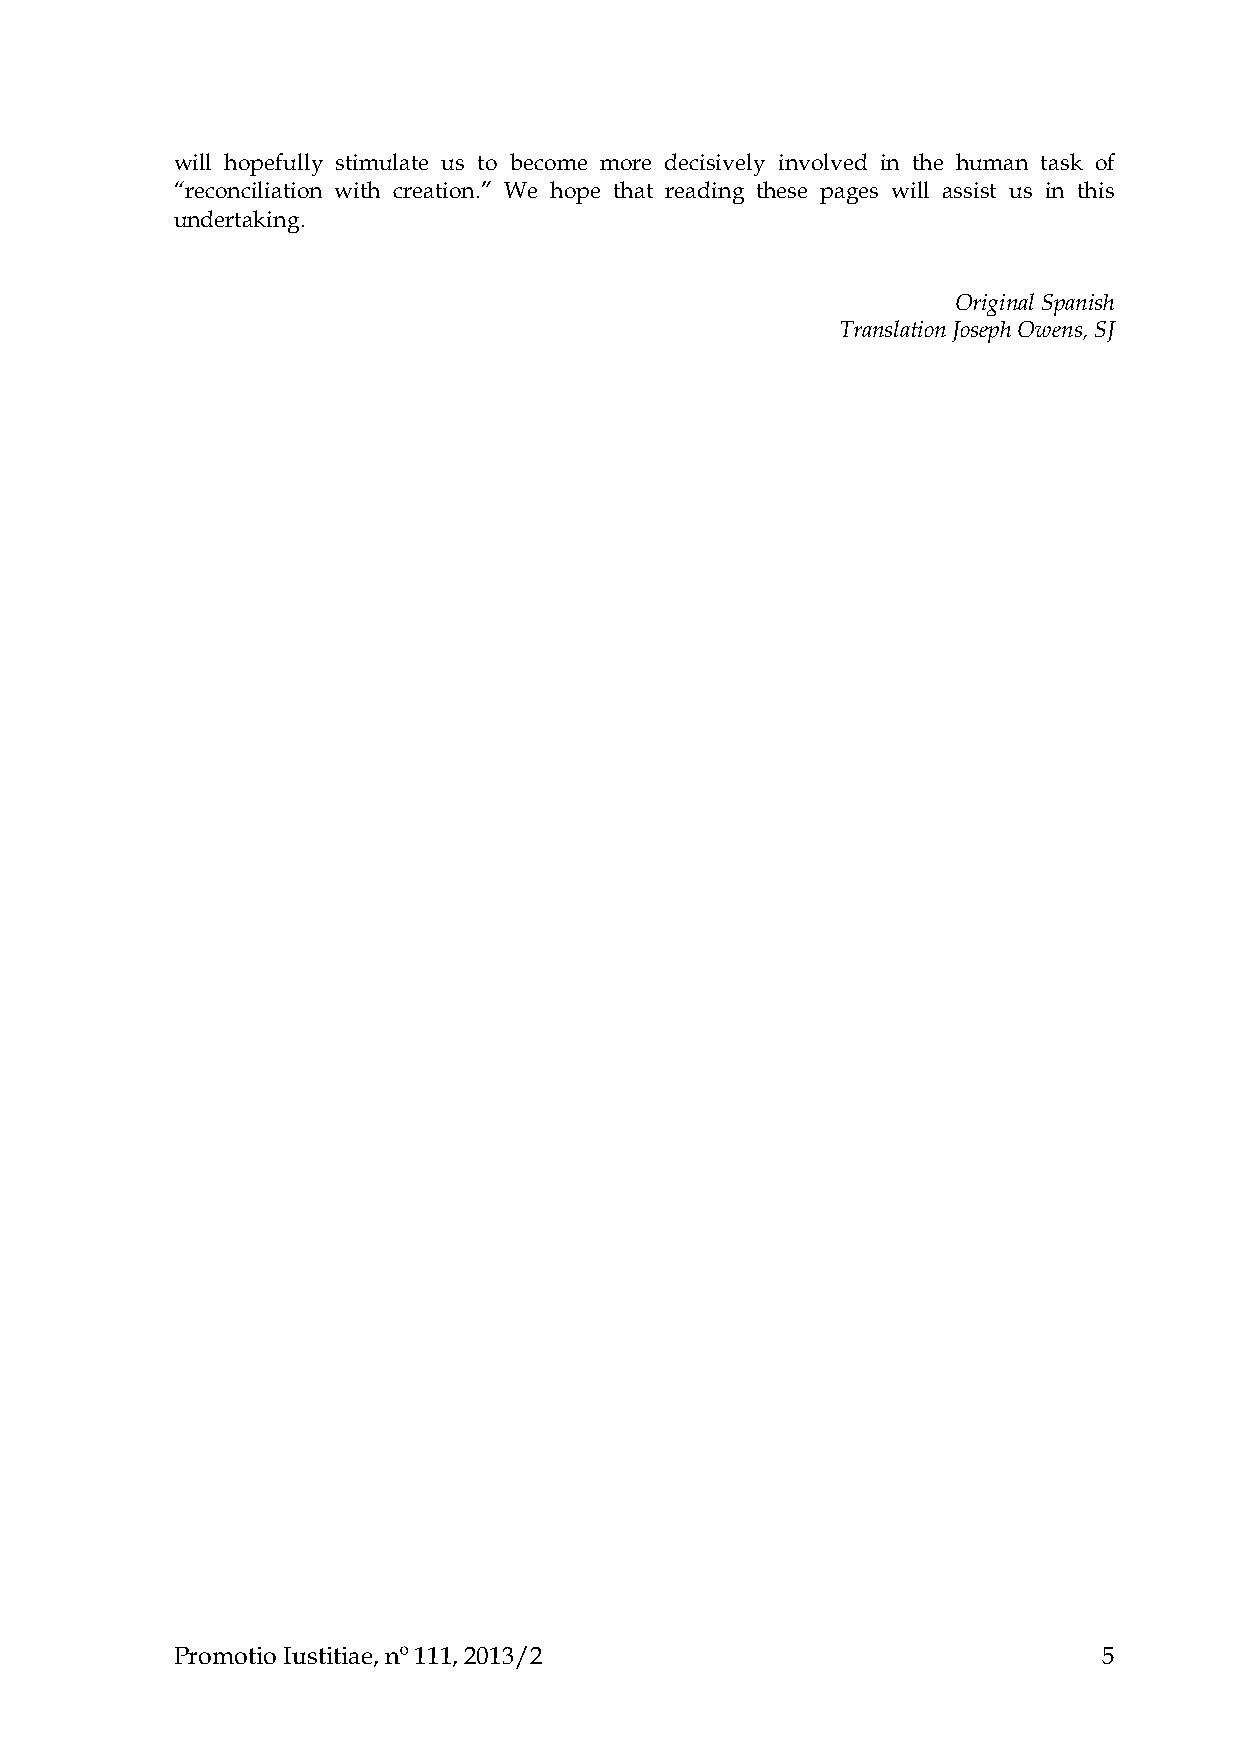
will hopefully stimulate us to become more decisively involved in the human task of
 “reconciliation with creation.” We hope that reading these pages will assist us in this
 undertaking.
 Original Spanish
 Translation Joseph Owens, SJ
 Promotio Iustitiae, nº 111, 2013/2                           5